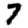
Digit: 7